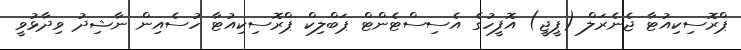
ޕްރޮސިކިއުޓާ ޖެނެރަލް (ޕީޖީ) އޮފީހުގެ އެސިސްޓެންޓް ޕަބްލިކް ޕްރޮސިކިއުޓާ ހުސެއިން ނާޝިދު ވިދާޅުވީ